Report on inoculation in the plague infected areas of the Punjab and its dependencies from October 1900 to September 1901
Year: 1900
Disease focus: Plague
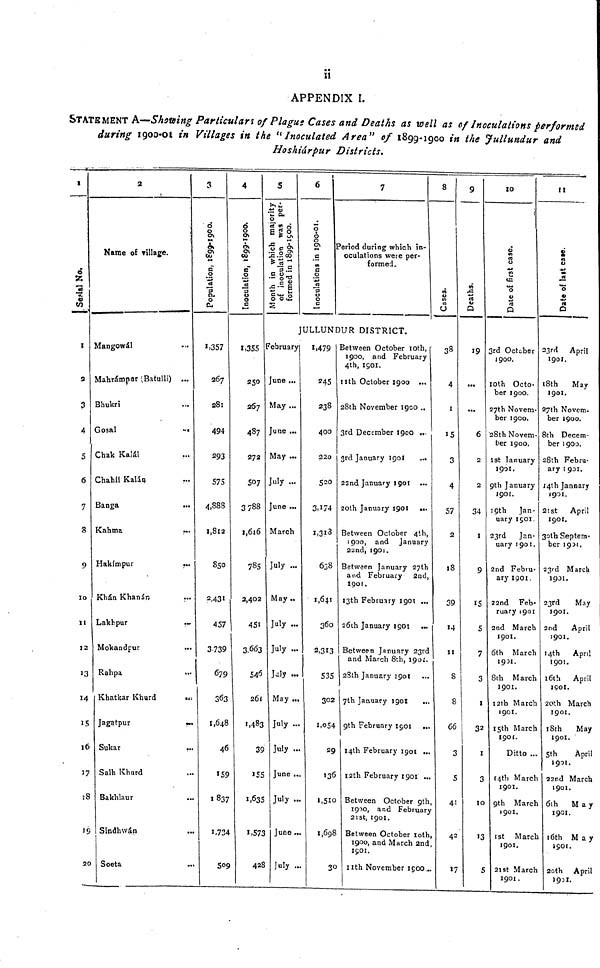
ii
APPENDIX I.
STATEMENT A—Shotting Particulars of Plagug Cases and Deaths as well as of Inoculations performed
during 1900-01 in Villages in the "Inoculated Area" of 1899-1900 in the Jullundur and
Hoshiárpur Districts.
I
Serial No.
I
2
3
4
5
6
7
8
9
10
I
I
1
I
]
1
1
I
1
1
(
>
2
3
4
5
6
7
8
19
20
2
Name of village.
Mangowál
Mahrámpur (Batulli) ***
Bhukri
Gosal
Chak Kalál
Chahil Kalán
Banga
Kahma
Hakimpur
.
Khán Khanán
Lakbpur
Mokandpur
Rahpa
Khatkar Khurd
Jagatpur
Sukar
Salh Khurd
Bakhlaur
Sindhwán
Soeta
3
***
-
..
••
***
***
***
***
***
***
***
1,357
267
281
494
29:
575
4,888
1,812
850
2,43
45
373
6;
363
1,648
159
1837
1,7
5
4
Inoculation 1899-1900.
9
9
53
48
46
59
37
34
509
1,355
250
267
487
272
507
3788
1,616
785
2,402
45
3,66
54
26
1,483
155
1,635
1,573
4
5
Motion in which majority
of inoculation was per-
formed in 1899-1900.
6
7
Period during which in
oculations were per-
formed.
8
JULLUNDUR DISTRICT.
F
J
2
I
3
6
i
39
35
73
28
February
June ..
May .
June .
May .
July .
June .
March
July
May
July
July
July
May
July
July
June
July
June
July
.
..
..
..
***
..
***
***
***
***
***
***
***
1,479
245
238
400
220
520
3,174
1,318
638
1,647
36
2,313
53
302
1,054
2
136
1,698
I
5
3
2
54
29
36
98
30
Between October 10th
1900, and February
4th, 1501.
11th October 1900 ..
28th November 1900.
3rd December 1900 .
3rd January 1901
23nd January 1901 .
2oth January 1901 .
Between October 4*.
1900, and January
22nd, 1901.
Between January 27
and February 2n
1901.
13th February 1901
26th January 1901
Between January 23rd
and March 8th, 190
28th January 1901
7th January 1901
9th February 1901
14th February 1901
12th February 1901
Between October 9th
1910, and February
21st, 1901.
Between October I
1900, and March 2nd
1901.
11th November 1900
,
.
.
..
***
i.
***
***
***
***
***
,
38
4
1
i
3
(
9
Deaths.
5
4
1
2
8
9
4
11
8
8
56
3
5
41
42
17
19
***
6
2
2
34
c
3
10
3
2
2
1
C
;
)
5
7
3
1
2
I
3
0
13
5
3rd October
1900.
10th Octo-
ber 1900.
7th Novem-
ber 1900.
8th Novem-
ber 1900.
1st January
1901.
9th January
1901.
9th Jan
uary 1901
23rd Jan
uary 1901
2nd Febru-
ary 1901
22nd Feb-
ruary 190
2nd Marc
1901.
6th Marc
1901.
8th Marc
1901.
12th March
1901.
15th March
1901.
Ditto
14th March
1901.
9th March
1901.
1st Mar
1901.
21st Mar
1901.
II
-
.
.
•
•
I
..
cl
33rd April
1901.
t8th May
1901.
27th Novem.
ber 1900.
8th Decem-
ber 1900.
28th Febru-
ary 1901.
J4th Jannary
1901.
21st
April
1901.
3oth Septem-
ber 1901.
23rd March
1901.
23rd
May
1901.
2nd
April
1901.
14th
April
1901.
l6th April
1901.
20th March
1901.
18th
May
1901.
5th
April
1901.
22nd March
1901.
6th
May
1901.
16th
May
1901.
20th April
1901.